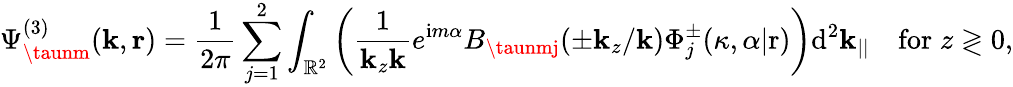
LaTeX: \Psi_{\taunm}^{(3)}(\mathbf{k},\mathbf{{r}})=\frac{{1}}{{2\pi}}\sum_{j=1}^{2}\int_{\mathbb{{R}}^{2}}\bigg(\frac{{1}}{{\mathbf{k}_{z}\mathbf{k}}}e^{\mathrm{{i}}m\alpha}B_{\taunmj}(\pm\mathbf{k}_{z}/\mathbf{k})\Phi_{j}^{\pm}(\kappa,\alpha|\mathrm{{r}})\bigg)\mathrm{{d}}^{2}\mathbf{{\mathbf{k}}}_{||}\quad\mathrm{{for}}\; z\gtrless0,